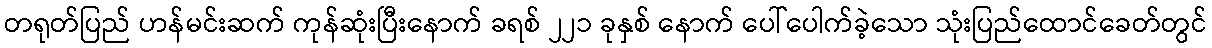
တရုတ်ပြည် ဟန်မင်းဆက် ကုန်ဆုံးပြီးနောက် ခရစ် ၂၂၁ ခုနှစ် နောက် ပေါ်ပေါက်ခဲ့သော သုံးပြည်ထောင်ခေတ်တွင်